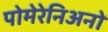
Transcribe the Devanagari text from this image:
पोमेरेनिअनों